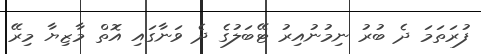
ފުރަތަމަ ދެ ބުރު ނިމުނުއިރު ޓޭބަލުގެ ދެ ވަނާގައި އޮތް މާޒިޔާ މިރޭ